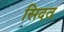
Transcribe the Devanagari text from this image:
सिदत्